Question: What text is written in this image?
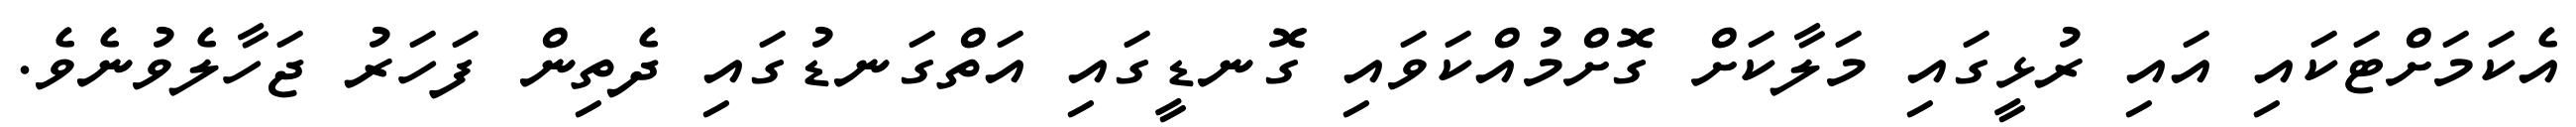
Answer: އެކަމަށްޓަކައި އައި ރުޅީގައި މަލާކަށް ގޮށްމުއްކަވައި ގޮނޑީގައި އަތްގަނޑުގައި ދެތިން ފަހަރު ޖަހާލެވުނެވެ.